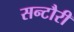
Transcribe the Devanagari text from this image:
सन्टौरी